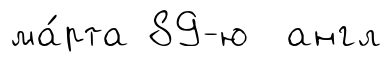
ма́рта 89-ю англ